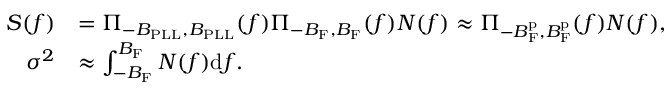
\begin{array} { r l } { S ( f ) } & { = \Pi _ { - B _ { \mathrm { P L L } } , B _ { \mathrm { P L L } } } ( f ) \Pi _ { - B _ { \mathrm { F } } , B _ { \mathrm { F } } } ( f ) N ( f ) \approx \Pi _ { - B _ { \mathrm { F } } ^ { \mathrm { p } } , B _ { \mathrm { F } } ^ { \mathrm { p } } } ( f ) N ( f ) , } \\ { \sigma ^ { 2 } } & { \approx \int _ { - B _ { \mathrm { F } } } ^ { B _ { \mathrm { F } } } N ( f ) \mathrm { d } f . } \end{array}